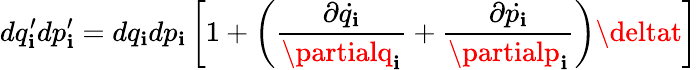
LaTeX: dq_{\mathbf{i}}^{\prime}dp_{\mathbf{i}}^{\prime}=dq_{\mathbf{i}}dp_{\mathbf{i}}\left[1+\left({\frac{{\partial{\dot{{q_{\mathbf{i}}}}}}}{{\partialq_{\mathbf{i}}}}}+{\frac{{\partial{\dot{{p_{\mathbf{i}}}}}}}{{\partialp_{\mathbf{i}}}}}\right)\deltat\right]